Indian journal of veterinary science and animal husbandry - Volumes 24-25, 1954-1955
Year: 1954
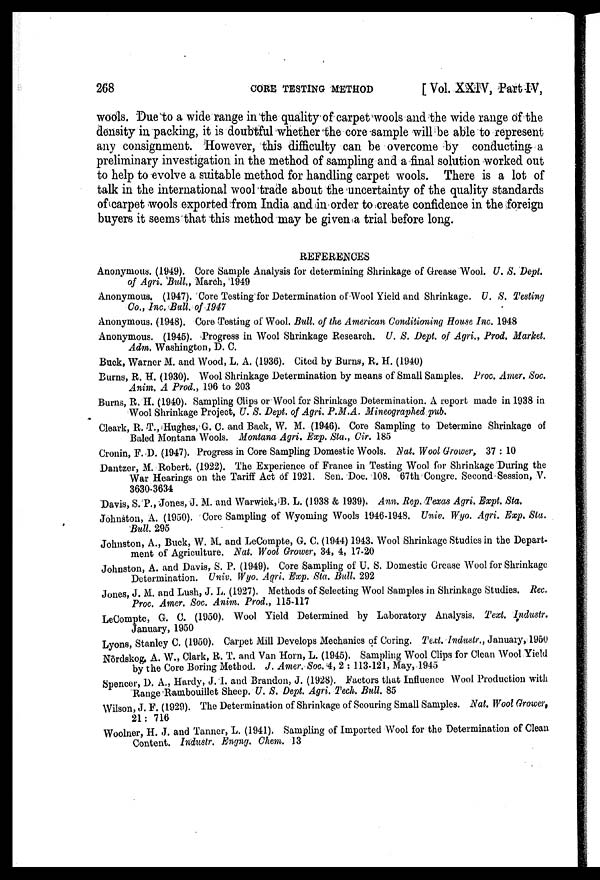
268
CORE
TESTING
METHOD
[ Vol. XXIV, Part IV,
wools. Due to a wide range in the quality of carpet wools and the wide range of the
density in packing, it is doubtful whether the core sample will be able to represent
any consignment. However, this difficulty can be overcome by conducting a
preliminary investigation in the method of sampling and a final solution worked out
to help to evolve a suitable method for handling carpet wools. There is a lot of
talk in the international wool trade about the uncertainty of the quality standards
of carpet wools exported from India and in order to create confidence in the foreign
buyers it seems that this method may be given a trial before long.
REFERENCES
Anonymous. (1949). Core Sample Analysis for determining Shrinkage of Grease Wool. U. S. Dept.
of Agri. Bull., March, 1949
Anonymous. (1947). Core Testing for Determination of Wool Yield and Shrinkage. U. S. Testing
Co., Inc. Bull., of 1947
Anonymous. (1948). Core Testing of Wool. Bull. of the American Conditioning House Inc. 1948
Anonymous. (1945). Progress in Wool Shrinkage Research. U. S. Dept. of Agri., Prod. Market.
Adm. Washington, D. C.
Buck, Warner M. and Wood, L. A. (1936). Cited by Burns, R. H. (1940)
Burns, R. H. (1930). Wool Shrinkage Determination by means of Small Samples. Proc. Amer. Soc.
Anim. A Prod., 196 to 203
Burns, R. H. (1940). Sampling Clips or Wool for Shrinkage Determination. A report made in 1938 in
Wool Shrinkage Project, U. S. Dept. of Agri. P.M.A. Mineographed pub.
Cleark, R. T., Hughes, G. C. and Back, W. M. (1946). Core Sampling to Determine Shrinkage of
Baled Montana Wools. Montana Agri. Exp. Sta., Cir. 185
Cronin, F. D. (1947). Progress in Core Sampling Domestic Wools. Nat. Wool Grower, 37 : 10
Dantzer, M. Robert. (1922). The Experience of France in Testing Wool for Shrinkage During the
War Hearings on the Tariff Act of 1921. Sen. Doc. 108. 67th Congre. Second Session, V.
3630-3634
Davis, S. P., Jones, J. M. and Warwick, B. L. (1938 & 1939). Ann. Rep. Texas Agri. Expt. Sta.
Johnston, A. (1950). Core Sampling of Wyoming Wools 1946-1948. Univ. Wyo. Agri. Exp. Sta.
Bull. 295
Johnston, A., Buck, W. M. and LeCompte, G. C. (1944) 1943. Wool Shrinkage Studies in the Depart-
ment of Agriculture. Nat. Wool Grower, 34, 4, 17-20
Johnston, A. and Davis, S. P. (1949). Core Sampling of U. S. Domestic Grease Wool for Shrinkage
Determination. Univ. Wyo. Agri. Exp. Sta. Bull. 292
Jones, J. M. and Lush, J. L. (1927). Methods of Selecting Wool Samples in Shrinkage Studies. Rec.
Proc. Amer. Soc. Anim. Prod., 115-117
LeCompte, G. C. (1950). Wool Yield Determined by Laboratory Analysis. Text. Industr.
January, 1950
Lyons, Stanley C. (1950). Carpet Mill Develops Mechanics of Coring. Text. Industr., January, 1950
Nordskog, A. W., Clark, R. T. and Van Horn, L. (1945). Sampling Wool Clips for Clean Wool Yield
by the Core Boring Method. J. Amer. Soc. 4, 2 : 113-121, May, 1945
Spencer, D. A., Hardy, J. T. and Brandon, J. (1928). Factors that Influence Wool Production with
Range Rambouillet Sheep. U. S. Dept. Agri. Tech. Bull. 85
Wilson, J. F. (1929). The Determination of Shrinkage of Scouring Small Samples. Nat. Wool Grower,
21 : 716
Woolner, H. J. and Tanner, L. (1941). Sampling of Imported Wool for the Determination of Clean
Content. Industr. Engng. Chem. 13